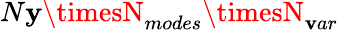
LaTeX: N\mathbf{y}\timesN_{modes}\timesN_{\mathbf{v}ar}